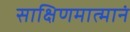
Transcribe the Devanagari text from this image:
साक्षिणमात्मानं